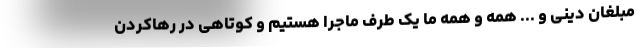
مبلغان دینی و ... همه و همه ما یک طرف ماجرا هستیم و کوتاهی در رهاکردن